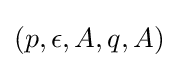
(p,\epsilon ,A,q,A)